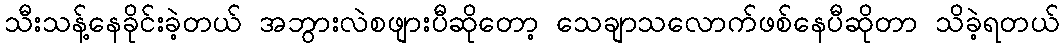
သီးသန့်နေခိုင်းခဲ့တယ် အဘွားလဲစဖျားပီဆိုတော့ သေချာသလောက်ဖစ်နေပီဆိုတာ သိခဲ့ရတယ်